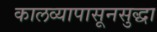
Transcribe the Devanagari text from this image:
कालव्यापासूनसुद्धा